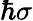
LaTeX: \hbar\mathbf{\sigma}